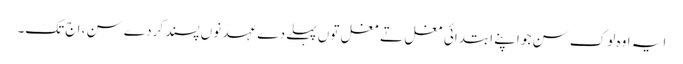
ایہ اوہ لوک سن جو اپنے ابتدائی مغل تے مغل تو‏ں پہلے دے عہد نو‏‏ں پسند کردے سن ، اج تک۔